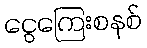
ငွေကြေးစနစ်